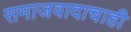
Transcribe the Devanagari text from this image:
समाजवादाचाही